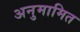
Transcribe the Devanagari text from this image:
अनुमामित